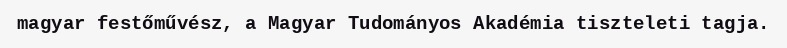
magyar festőművész, a Magyar Tudományos Akadémia tiszteleti tagja.